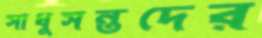
সাধুসন্তদের